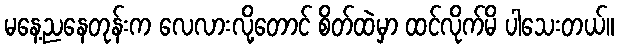
မနေ့ညနေတုန်းက လေလားလို့တောင် စိတ်ထဲမှာ ထင်လိုက်မိ ပါသေးတယ်။